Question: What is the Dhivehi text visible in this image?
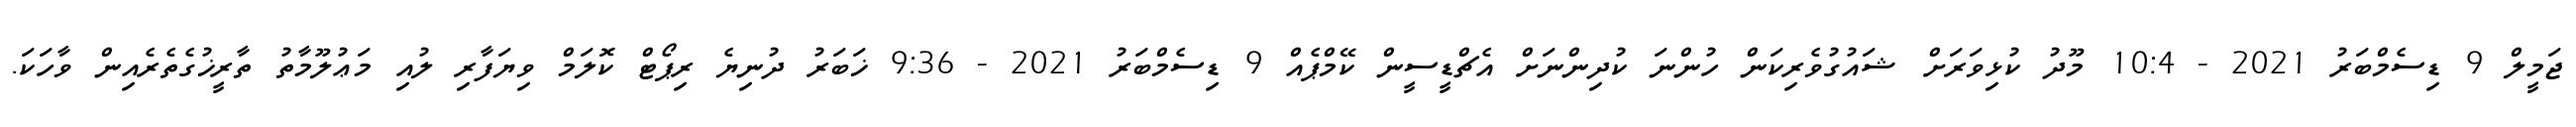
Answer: ޖަމީލް 9 ޑިސެމްބަރު 2021 - 10:4 މޫދު ކުޅިވަރަށް ޝައުގުވެރިކަން ހުންނަ ކުދިންނަށް އެޗްޑީސީން ކޭމްޕެއް 9 ޑިސެމްބަރު 2021 - 9:36 ޚަބަރު ދުނިޔެ ރިޕޯޓް ކޮލަމް ވިޔަފާރި ލުއި މަޢުލޫމާތު ތާރީޚުގެތެރެއިން ވާހަކަ.